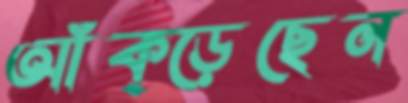
আঁক্‌ড়েছেন